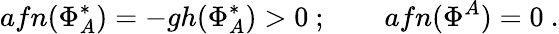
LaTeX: afn(\Phi_{A}^{*})=-gh(\Phi_{A}^{*})>0\ ;\qquad afn(\Phi^{A})=0\ .